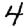
Digit: 4